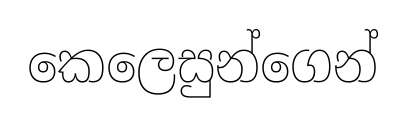
කෙලෙසුන්ගෙන්